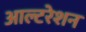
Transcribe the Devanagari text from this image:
आल्टरेशन